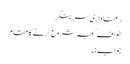
رعناواری سرینگر
طوافِ کعبہ شروع کرنے کا مقام
جواب:۔